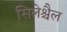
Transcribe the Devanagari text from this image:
सिलेश्चैल